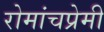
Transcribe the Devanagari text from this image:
रोमांचप्रेमी